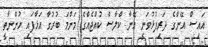
އައިސް އޭނާގެ ދަރިފުޅުވަނީ އޭނާ ކްލާސް ކުއްޖެއްގެ މަންމަ ބުރުގާ އަޅާފައި ހުންނާތީ